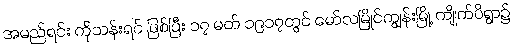
အမည်ရင်း ကိုသန်းရင် ဖြစ်ပြီး ၁၇ မတ် ၁၉၁၇တွင် မော်လမြိုင်ကျွန်းမြို့ ကျိုက်ပိရွာ၌